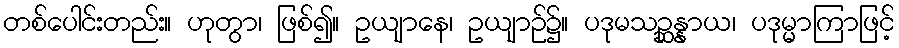
တစ်ပေါင်းတည်း။ ဟုတွာ၊ ဖြစ်၍။ ဥယျာနေ၊ ဥယျာဉ်၌။ ပဒုမသဉ္ဆန္နာယ၊ ပဒုမ္မာကြာဖြင့်